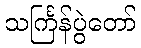
သင်္ကြန်ပွဲတော်